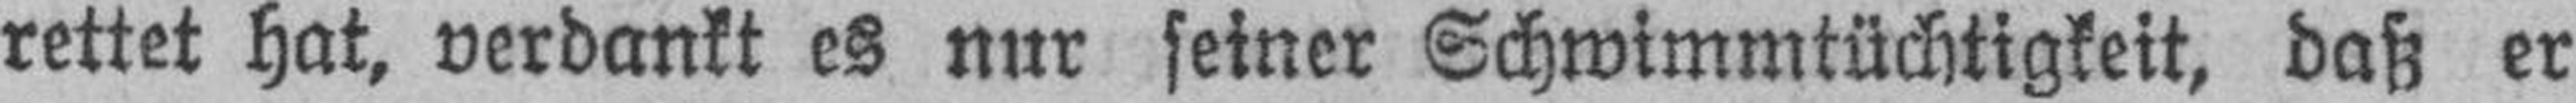
rettet hat, verdankt es nur seiner Schwimmtüchtigkeit, daß er